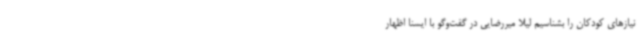
نیازهای کودکان را بشناسیم لیلا میررضایی در گفت‌وگو با ایسنا اظهار